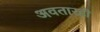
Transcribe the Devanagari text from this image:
अवतारही